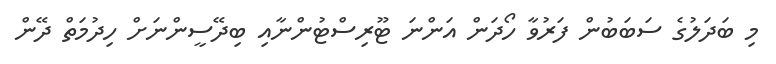
މި ބަދަލުގެ ސަބަބުން ފަރުވާ ހޯދަން އަންނަ ޓޫރިސްޓުންނާއި ބިދޭސީންނަށް ހިދުމަތް ދޭން